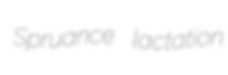
Spruance lactation